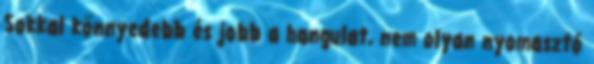
Sokkal könnyedebb és jobb a hangulat, nem olyan nyomasztó